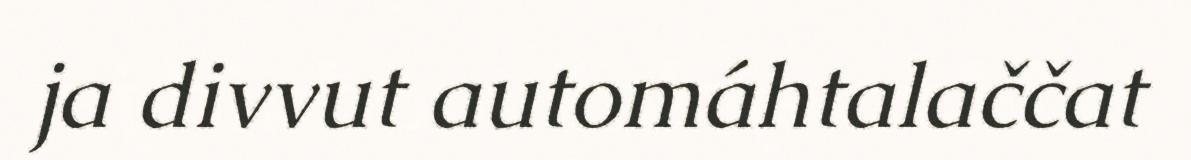
ja divvut automáhtalaččat